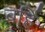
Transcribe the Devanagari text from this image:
बर्हि